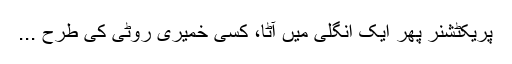
پریکٹشنر پھر ایک انگلی میں آٹا، کسی خمیری روٹی کی طرح ...